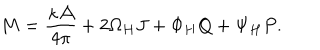
LaTeX: M = { \frac { \kappa { \cal A } } { 4 \pi } } + 2 \Omega _ { H } J + \Phi _ { H } Q + \Psi _ { H } P .